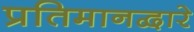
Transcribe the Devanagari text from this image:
प्रतिमानद्वारे